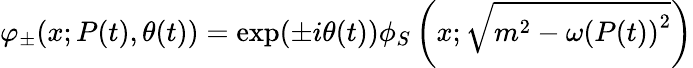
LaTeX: \varphi_{\pm}(x;P(t),\theta(t))=\exp(\pm i\theta(t))\phi_{S}\left(x;\sqrt{m^{2}-\omega\left(P(t)\right)^{2}}\right)